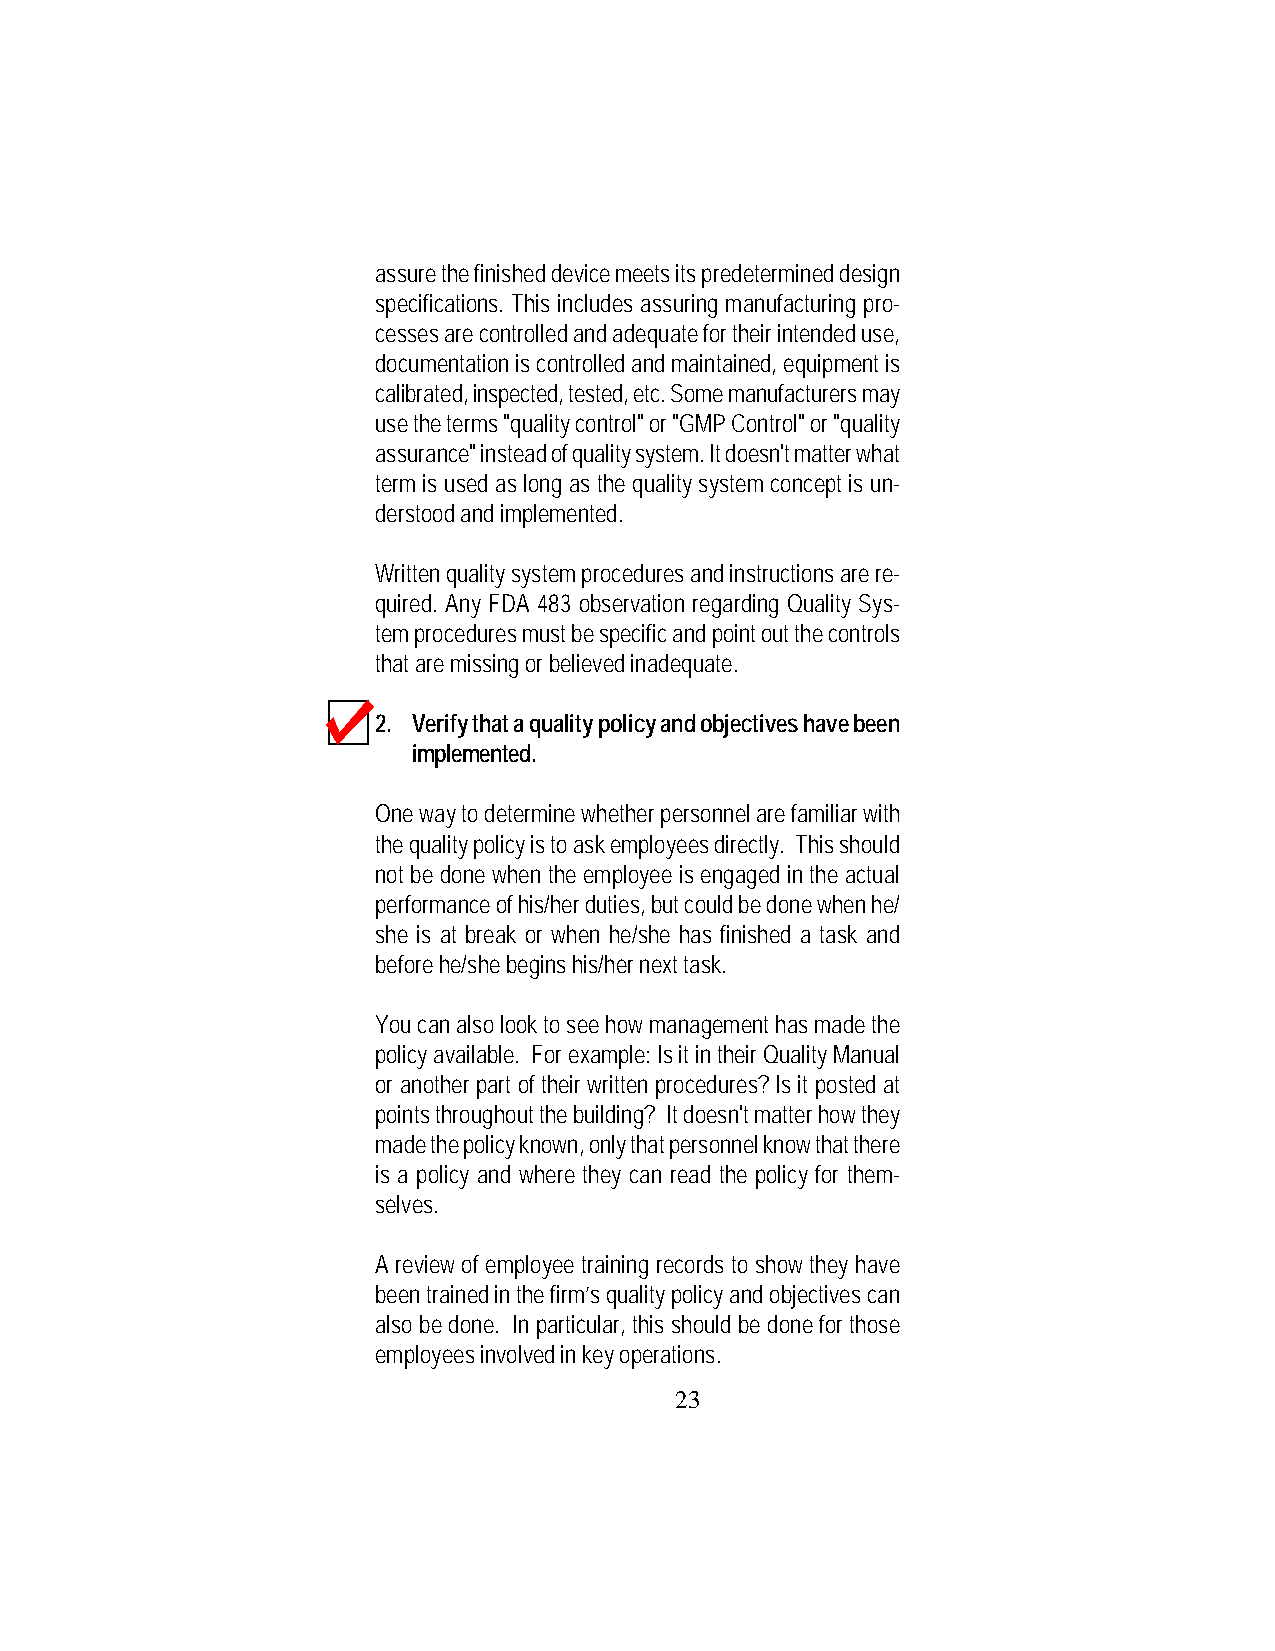
assure the finished device meets its predetermined design
 specifications. This includes assuring manufacturing pro-
 cesses are controlled and adequate for their intended use,
 documentation is controlled and maintained, equipment is
 calibrated, inspected, tested, etc. Some manufacturers may
 use the terms "quality control" or "GMP Control" or "quality
 assurance" instead of quality system. It doesn't matter what
 term is used as long as the quality system concept is un-
 derstood and implemented.
 Written quality system procedures and instructions are re-
 quired. Any FDA 483 observation regarding Quality Sys-
 tem procedures must be specific and point out the controls
 that are missing or believed inadequate.
 2. Verify that a quality policy and objectives have been
 implemented.
 One way to determine whether personnel are familiar with
 the quality policy is to ask employees directly. This should
 not be done when the employee is engaged in the actual
 performance of his/her duties, but could be done when he/
 she is at break or when he/she has finished a task and
 before he/she begins his/her next task.
 You can also look to see how management has made the
 policy available. For example: Is it in their Quality Manual
 or another part of their written procedures? Is it posted at
 points throughout the building? It doesn't matter how they
 made the policy known, only that personnel know that there
 is a policy and where they can read the policy for them-
 selves.
 A review of employee training records to show they have
 been trained in the firm’s quality policy and objectives can
 also be done. In particular, this should be done for those
 employees involved in key operations.
 23